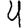
Digit: 4